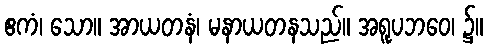
ဧကံ၊ သော။ အာယတနံ၊ မနာယတနသည်။ အရူပဘဝေ၊ ၌။